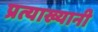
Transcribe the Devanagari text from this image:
प्रत्याख्यानी